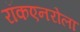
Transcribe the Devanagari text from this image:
रॉकएनरोला